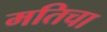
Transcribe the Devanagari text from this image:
मतिचा